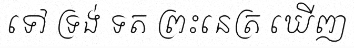
ទៅ ទ្រង់ ទត ព្រះនេត្រ ឃើញ